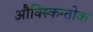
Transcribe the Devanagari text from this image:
औक्स्किन्तोक